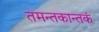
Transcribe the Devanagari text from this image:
तमन्तकान्तकं